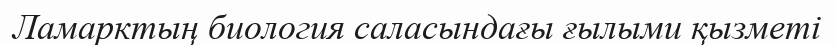
Ламарктың биология саласындағы ғылыми қызметі